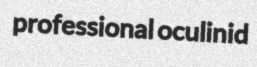
professional oculinid